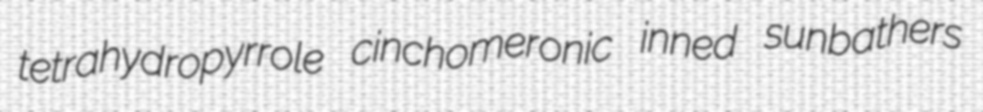
tetrahydropyrrole cinchomeronic inned sunbathers